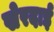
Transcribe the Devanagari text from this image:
खेरदाई